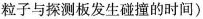
粒子与探测板发生碰撞的时间)